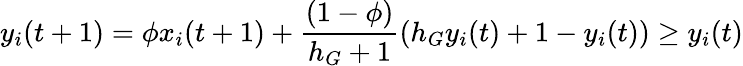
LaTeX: y_{i}(t+1)=\phi x_{i}(t+1)+\frac{(1-\phi)}{h_{G}+1}(h_{G}y_{i}(t)+1-y_{i}(t))\geq y_{i}(t)